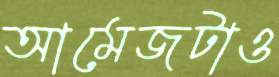
আমেজটাও